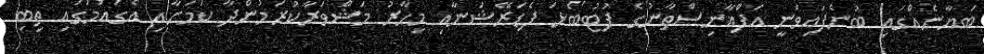
ބަޔާނެއްގައި ބުނެފައިވަނީ އަފްޣާނިސްތާނުގެ ފުޓުބޯޅަ ފެޑަރޭޝަނާއި މިހާރު މަޝްވަރާކުރަމުންދާ ކަމަށާއި އެގައުމުގައި ތިބި